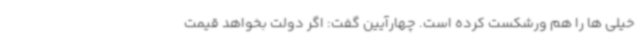
خیلی ها را هم ورشکست کرده است. چهارآیین گفت: اگر دولت بخواهد قیمت